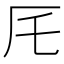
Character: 厇